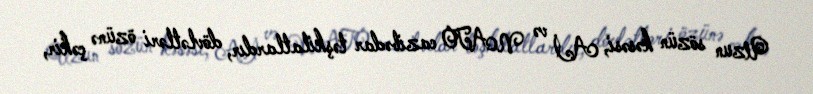
Uzun sözün kəsəsi, Aİ və NATO cazibədar təşkilatlardır, dövlətləri özünə çəkir,